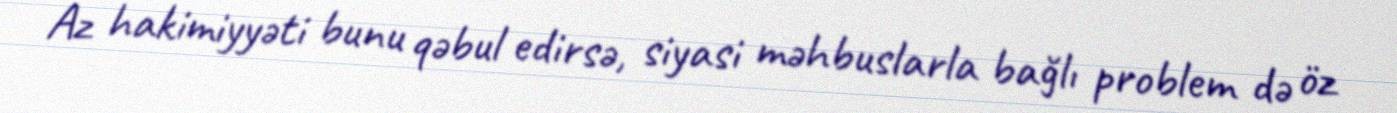
Az hakimiyyəti bunu qəbul edirsə, siyasi məhbuslarla bağlı problem də öz